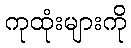
ကုထုံးများကို